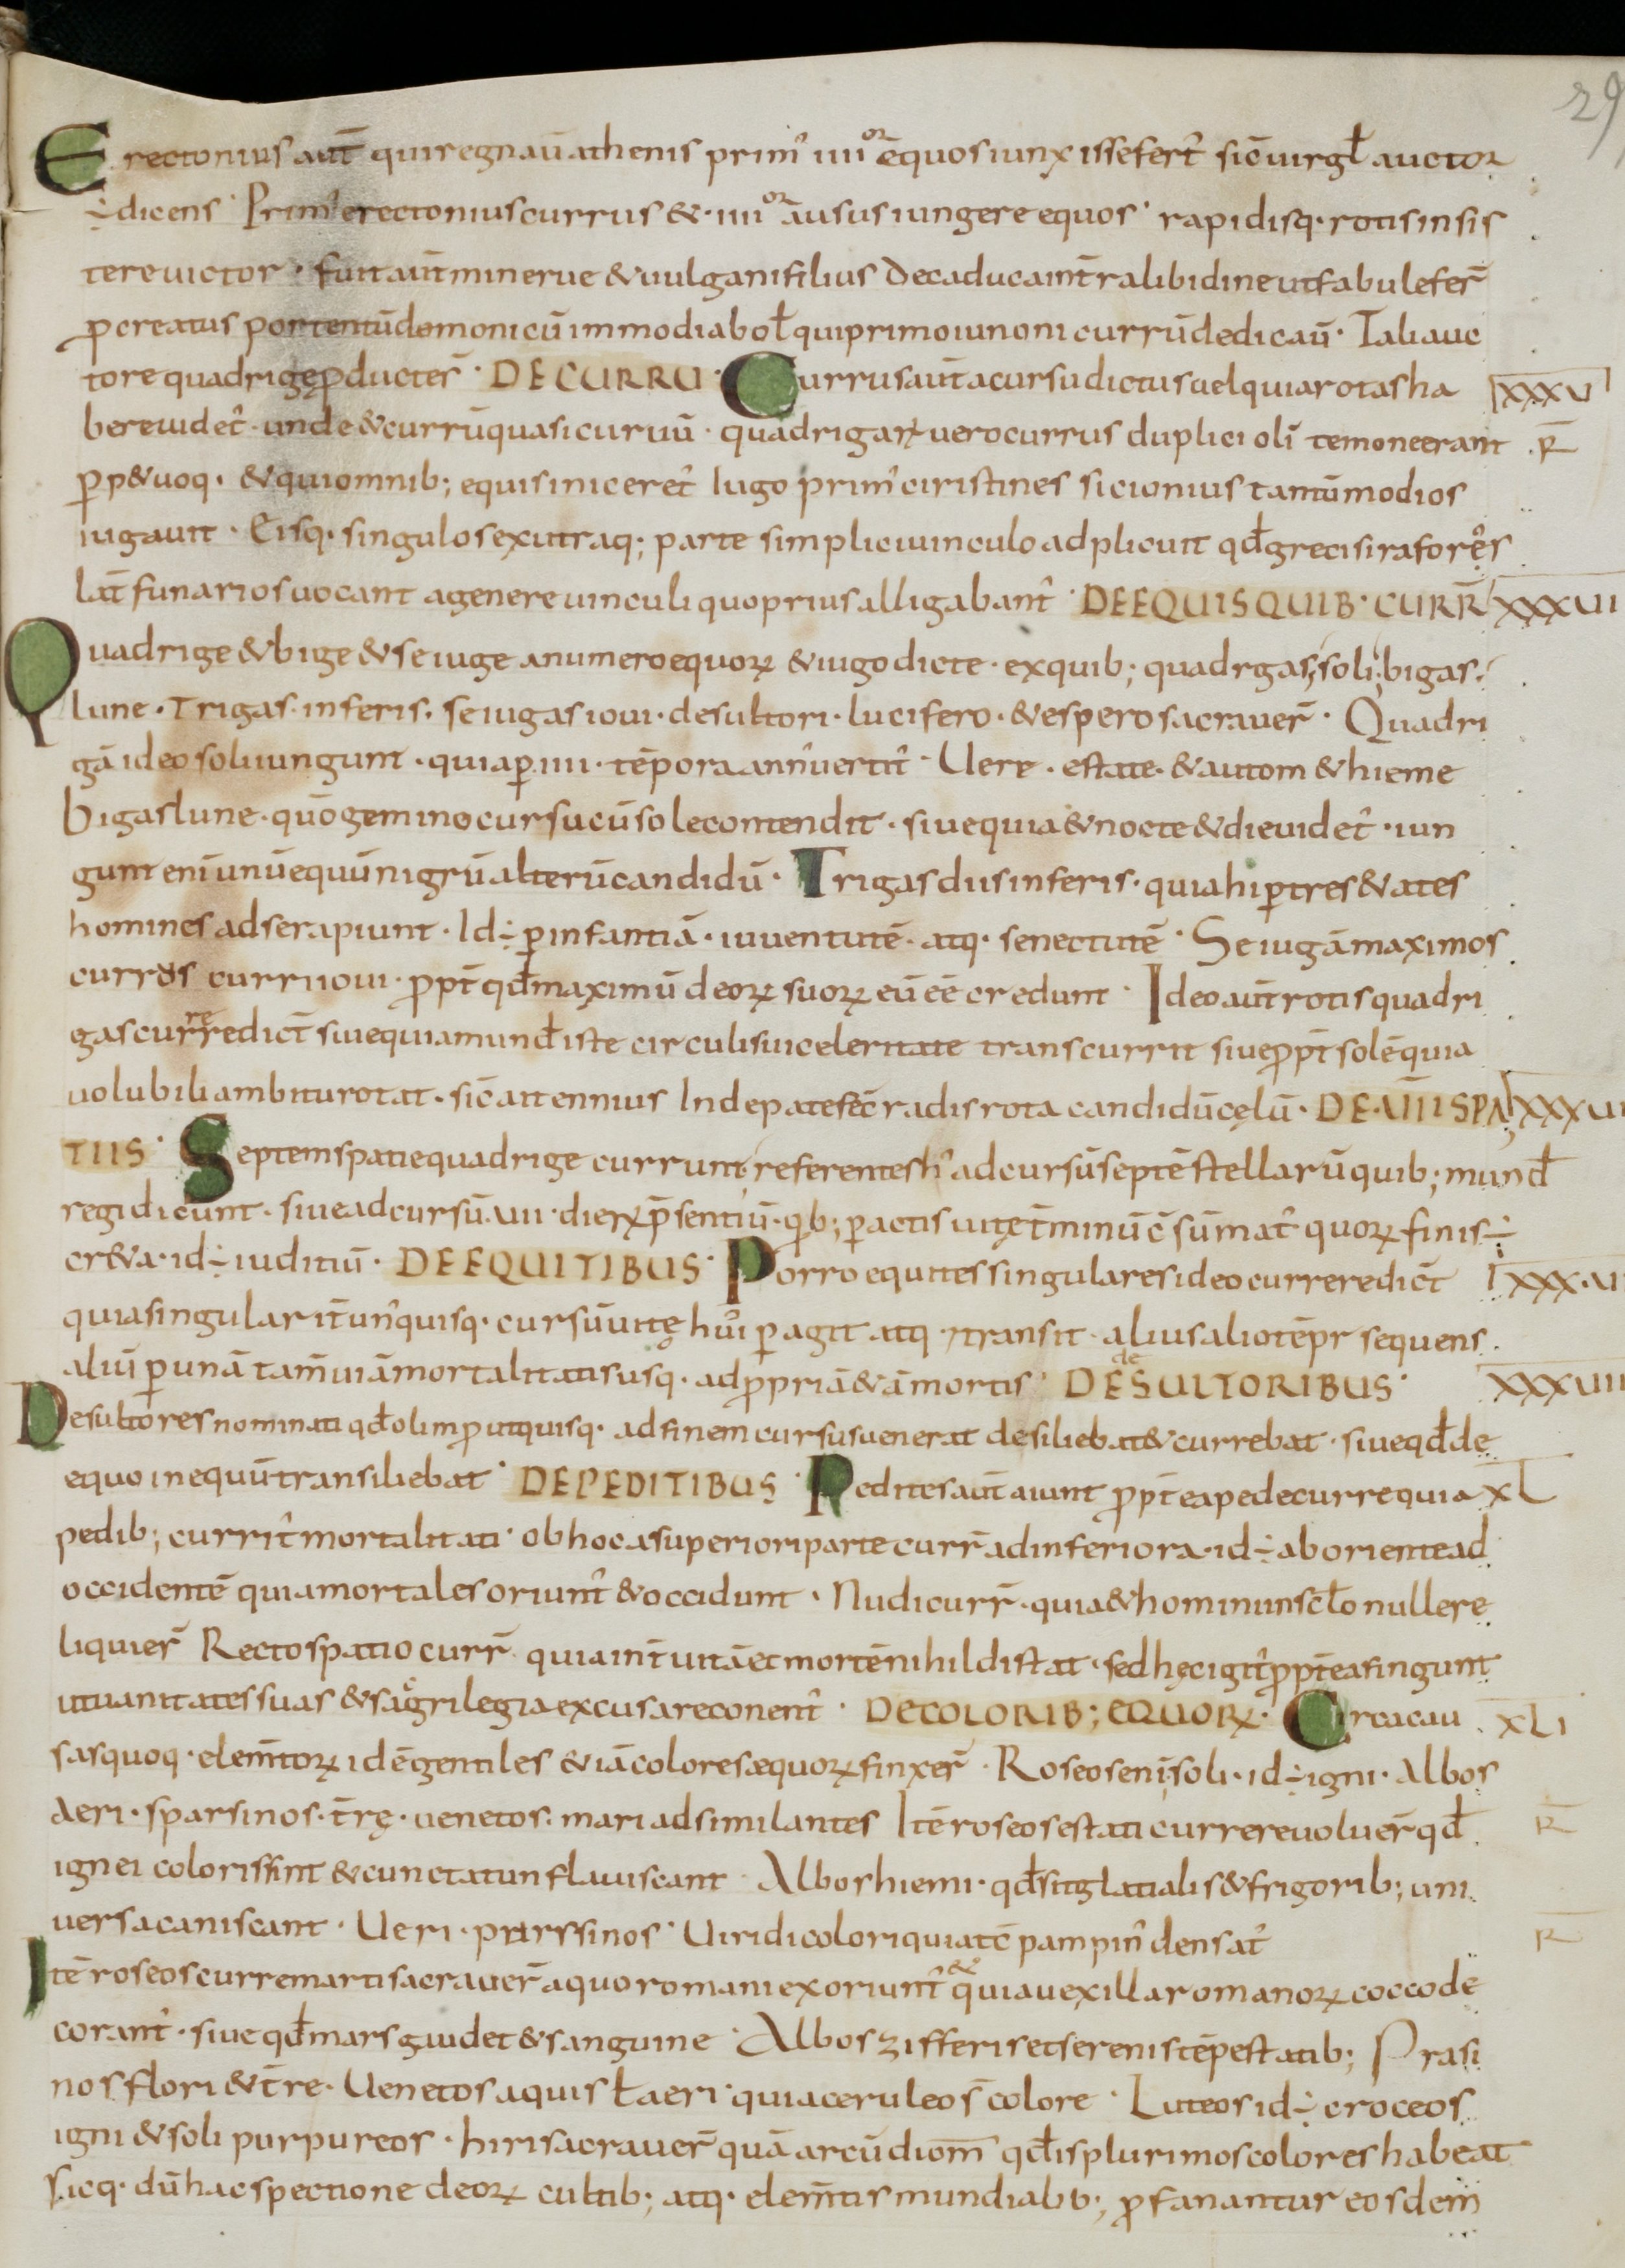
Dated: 800–899